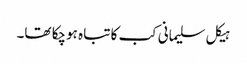
ہیکل سلیمانی کب کا تباہ ہوچکا تھا۔